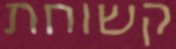
קשוחת